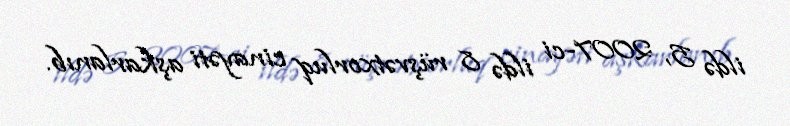
ildə 5, 2007-ci ildə 8 rüşvətxorluq cinayəti aşkarlanıb.